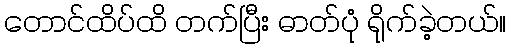
တောင်ထိပ်ထိ တက်ပြီး ဓာတ်ပုံ ရိုက်ခဲ့တယ်။